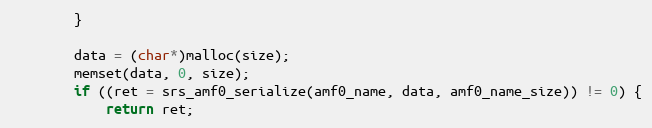
Language: C
        }

        data = (char*)malloc(size);
        memset(data, 0, size);
        if ((ret = srs_amf0_serialize(amf0_name, data, amf0_name_size)) != 0) {
            return ret;